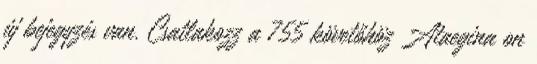
új bejegyzés van. Csatlakozz a 755 követőhöz Ataegina on